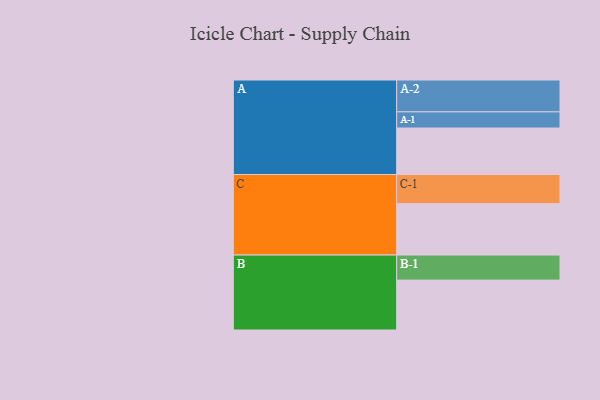
{"axis": {"x": "Segment", "y": "Value"}, "legend": ["", "A", "B", "C"], "data": [{"x": "A", "y": 394, "type": ""}, {"x": "B", "y": 423, "type": ""}, {"x": "C", "y": 436, "type": ""}, {"x": "A-1", "y": 137, "type": "A"}, {"x": "A-2", "y": 270, "type": "A"}, {"x": "B-1", "y": 212, "type": "B"}, {"x": "C-1", "y": 247, "type": "C"}]}